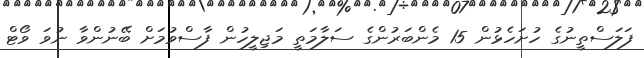
ފަލަސްތީނުގެ ހުށަހެޅުން 15 މެންބަރުންގެ ސަލާމަތީ މަޖިލީހުން ފާސްވުމަށް ބޭނުންވާ ނުވަ ވޯޓް